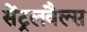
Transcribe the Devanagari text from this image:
सेंट्रलवैल्स